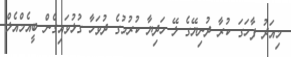
މިއަދު ފާހަގަ ކުރާ ދުނިޔޭގެ ލޭ ހަދިޔާ ކުރުމުގެ ދުވަހާ ގުޅުވައިގެން ބީއެމްއެލް